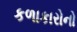
કળાકારોનો